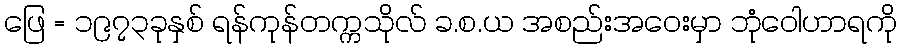
ဖြေ = ၁၉၇၃ခုနှစ် ရန်ကုန်တက္ကသိုလ် ခ.စ.ယ အစည်းအဝေးမှာ ဘုံဝေါဟာရကို